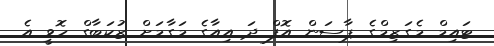
ޓައިމް މެގަޒިމްގެ ޕާސަން އޮފް ދަ އިއާގެ މަގާމަށް ޒުކަބާގް ހޮވީ އެ